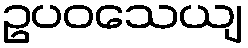
ဥပဝသေယျ